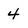
Character: 4